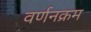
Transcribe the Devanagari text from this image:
वर्णनक्रम